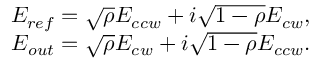
\begin{array} { r } { E _ { r e f } = \sqrt { \rho } E _ { c c w } + i \sqrt { 1 - \rho } E _ { c w } , } \\ { E _ { o u t } = \sqrt { \rho } E _ { c w } + i \sqrt { 1 - \rho } E _ { c c w } . } \end{array}